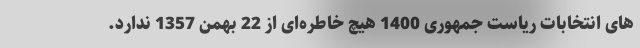
های انتخابات ریاست جمهوری 1400 هیچ خاطره‌ای از 22 بهمن 1357 ندارد.